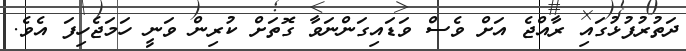
ދަތުރުފުޅުގައި ރާއްޖެ އަށް ވެސް ވަޑައިގަންނަވާ ގޮތަށް ކުރިން ވަނީ ހަމަޖެހިފަ އެވެ.